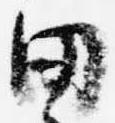
田